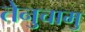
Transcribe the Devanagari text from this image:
तेनुचामु